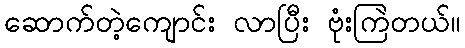
ဆောက်တဲ့ကျောင်း လာပြီး ဗုံးကြဲတယ်။